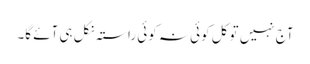
آج نہیں تو کل کوئی نہ کوئی راستہ نکل ہی آئے گا۔